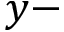
y -